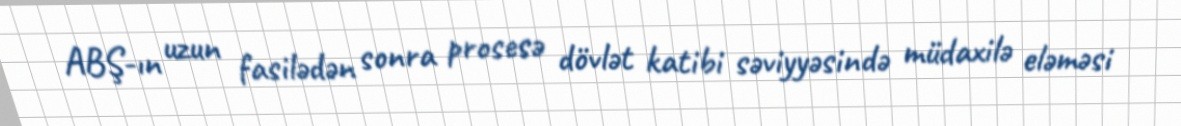
ABŞ-ın uzun fasilədən sonra prosesə dövlət katibi səviyyəsində müdaxilə eləməsi